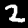
Label: 2